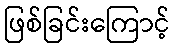
ဖြစ်ခြင်းကြောင့်